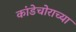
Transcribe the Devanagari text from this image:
कांडेचोराच्या